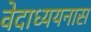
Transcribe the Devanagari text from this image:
वेदाध्ययनास